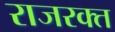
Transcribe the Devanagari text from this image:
राजरक्त